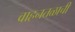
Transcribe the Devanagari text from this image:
वाहनतळाची